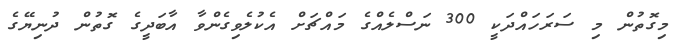
މިގޮތުން މި ސަރަހައްދަކީ 300 ނަސްލެއްގެ މައްޗަށް އެކުލެވިގެންވާ އާބަދީގެ ގޮތުން ދުނިޔޭގެ